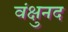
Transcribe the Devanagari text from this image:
वंक्षुनद